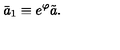
\bar { a } _ { 1 } \equiv e ^ { \varphi } \tilde { a } .